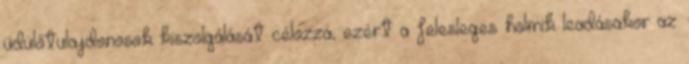
üdülőtulajdonosok kiszolgálását célozza, ezért a felesleges holmik leadásakor az